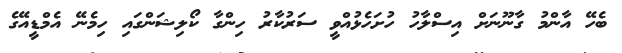
ބެހޭ އާންމު ގާނޫނަށް އިސްލާހު ހުށަހެޅުއްވީ ސަރުކާރު ހިންގާ ކޯލިޝަންގައި ހިމެނޭ އެމްޑީއޭގެ